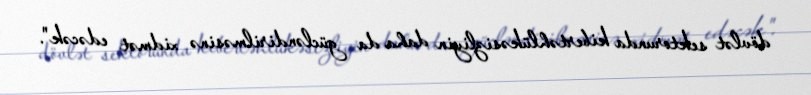
dövlət sektorunda kibertəhlükəsizliyin daha da gücləndirilməsinə xidmət edəcək".